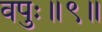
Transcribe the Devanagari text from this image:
वपुः॥९॥